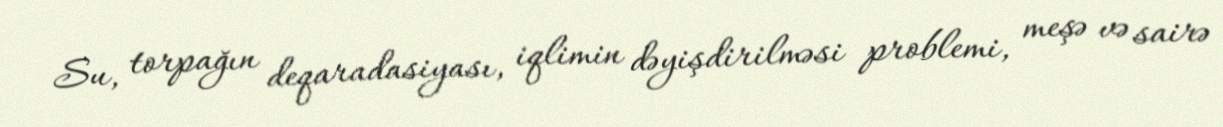
Su, torpağın deqaradasiyası, iqlimin dəyişdirilməsi problemi, meşə və sairə